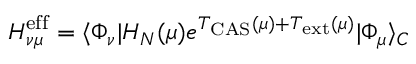
H _ { \nu \mu } ^ { \mathrm { e f f } } = \langle \Phi _ { \nu } | H _ { N } ( \mu ) e ^ { T _ { \mathrm { C A S } } ( \mu ) + T _ { \mathrm { e x t } } ( \mu ) } | \Phi _ { \mu } \rangle _ { C }